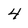
Character: 4